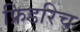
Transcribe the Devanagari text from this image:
फ्रिडरिच